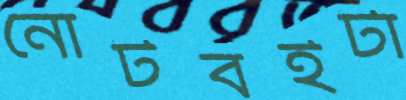
নোটবইটা